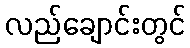
လည်ချောင်းတွင်